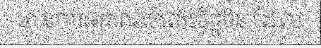
មានការអរគុណចំពោះមិត្តចិន ដែល